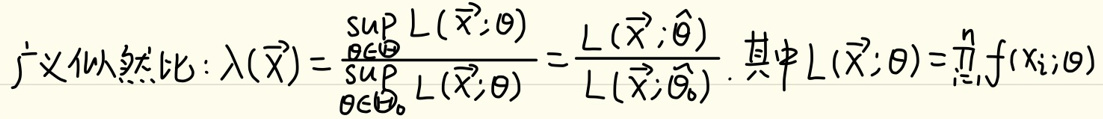
广义似然比：\(\lambda(\vec{X})=\frac{\sup_{\theta\in\Theta}L(\vec{X};\theta)}{\sup_{\theta\in\Theta_0}L(\vec{X};\theta)}=\frac{L(\vec{X};\hat{\theta})}{L(\vec{X};\hat{\theta}_0)}\)，其中\(L(\vec{X};\theta)=\prod_{i = 1}^{n}f(x_i;\theta)\)